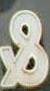
&